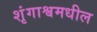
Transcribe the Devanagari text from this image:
शृंगाश्वमधील